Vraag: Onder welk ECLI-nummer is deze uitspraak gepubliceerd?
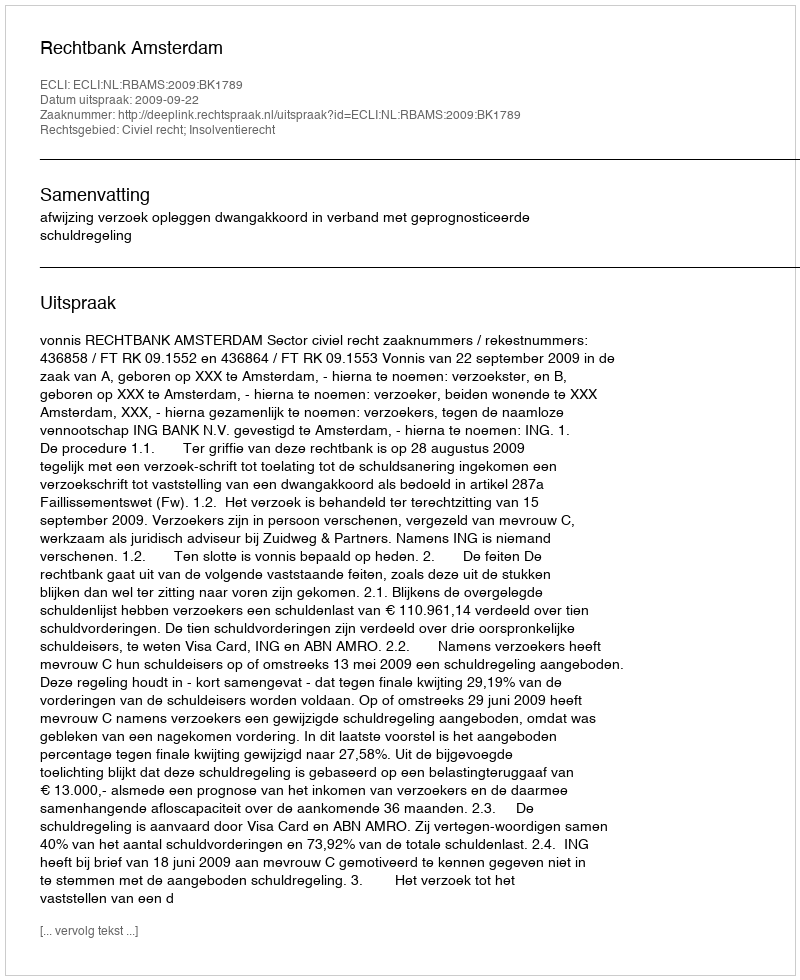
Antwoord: ECLI:NL:RBAMS:2009:BK1789